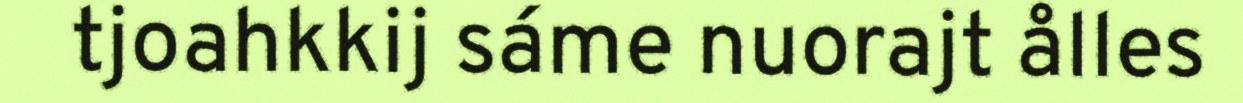
tjoahkkij sáme nuorajt ålles